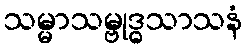
သမ္မာသမ္ဗုဒ္ဓသာသနံ